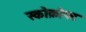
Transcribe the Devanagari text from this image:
स्कोक्रोफ्ट